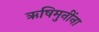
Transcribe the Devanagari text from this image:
ऋषिमुनींना